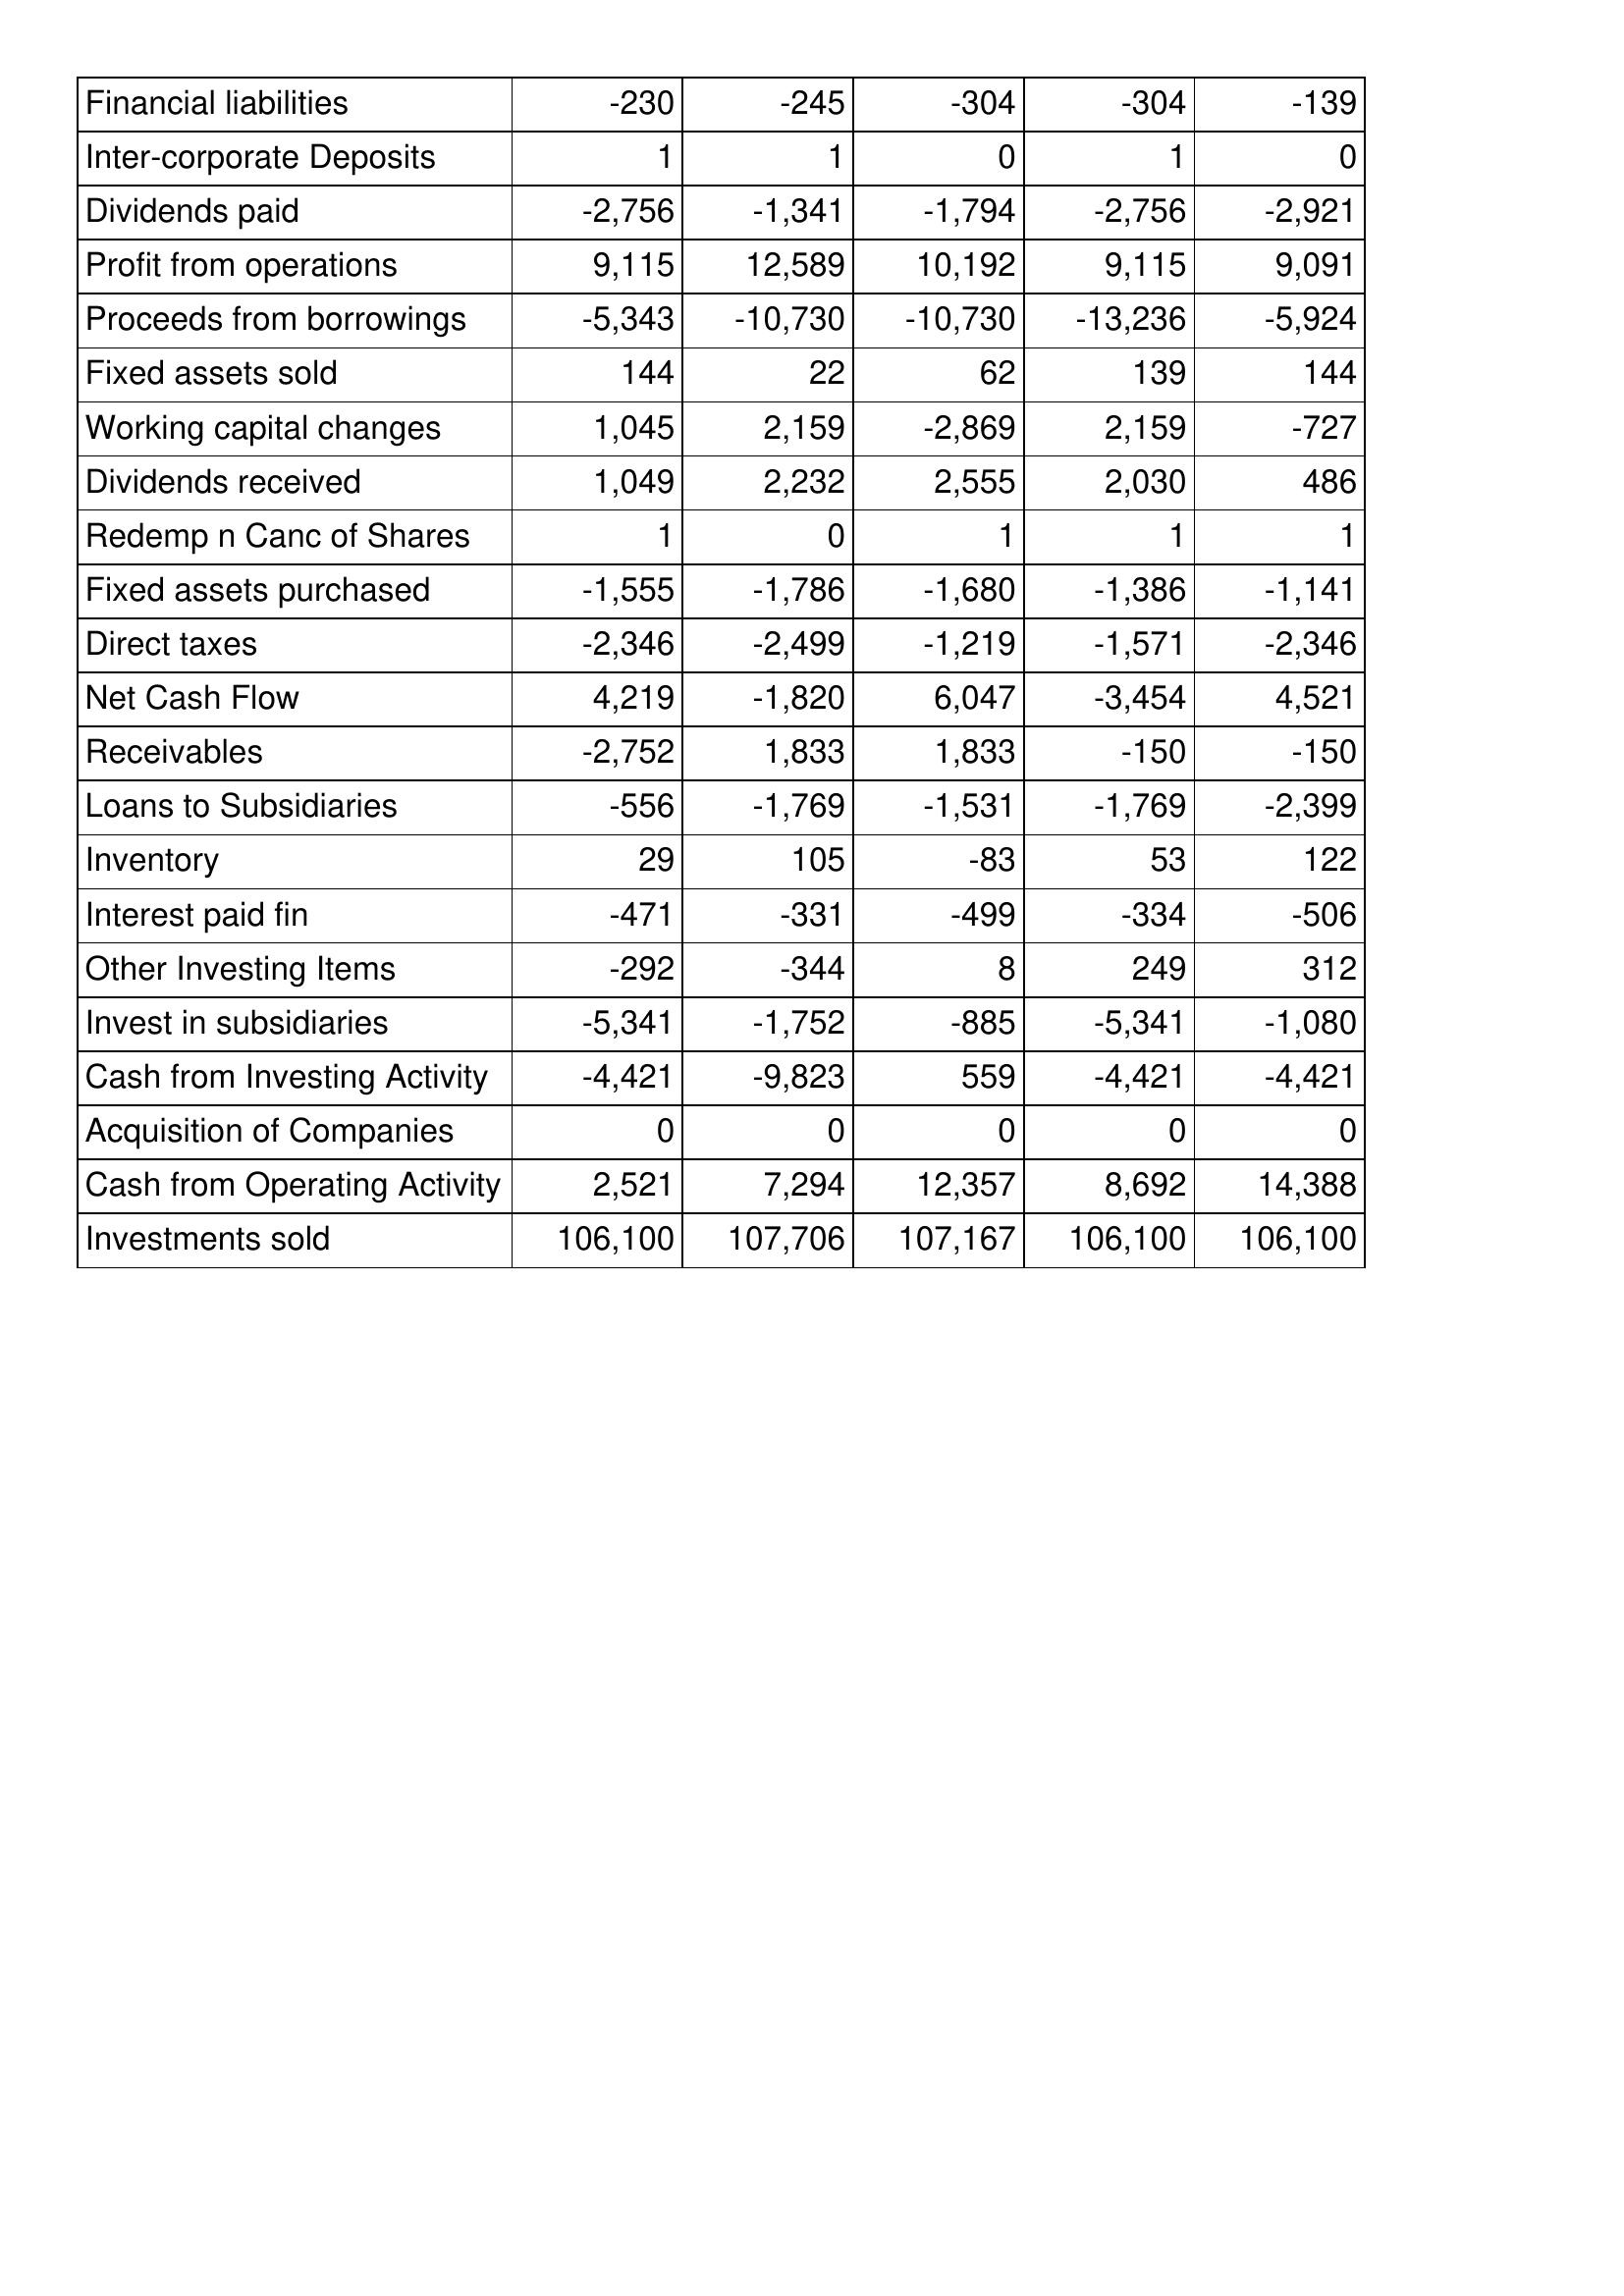
Jan-15: Cash Flows: Financial liabilities: -230
Inter-corporate Deposits: 1
Dividends paid: -2,756
Profit from operations: 9,115
Proceeds from borrowings: -5,343
Fixed assets sold: 144
Working capital changes: 1,045
Dividends received: 1,049
Redemp n Canc of Shares: 1
Fixed assets purchased: -1,555
Direct taxes: -2,346
Net Cash Flow: 4,219
Receivables: -2,752
Loans to Subsidiaries: -556
Inventory: 29
Interest paid fin: -471
Other Investing Items: -292
Invest in subsidiaries: -5,341
Cash from Investing Activity: -4,421
Acquisition of Companies: 0
Cash from Operating Activity: 2,521
Investments sold: 106,100
Jan-16: Cash Flows: Financial liabilities: -245
Inter-corporate Deposits: 1
Dividends paid: -1,341
Profit from operations: 12,589
Proceeds from borrowings: -10,730
Fixed assets sold: 22
Working capital changes: 2,159
Dividends received: 2,232
Redemp n Canc of Shares: 0
Fixed assets purchased: -1,786
Direct taxes: -2,499
Net Cash Flow: -1,820
Receivables: 1,833
Loans to Subsidiaries: -1,769
Inventory: 105
Interest paid fin: -331
Other Investing Items: -344
Invest in subsidiaries: -1,752
Cash from Investing Activity: -9,823
Acquisition of Companies: 0
Cash from Operating Activity: 7,294
Investments sold: 107,706
Jan-17: Cash Flows: Financial liabilities: -304
Inter-corporate Deposits: 0
Dividends paid: -1,794
Profit from operations: 10,192
Proceeds from borrowings: -10,730
Fixed assets sold: 62
Working capital changes: -2,869
Dividends received: 2,555
Redemp n Canc of Shares: 1
Fixed assets purchased: -1,680
Direct taxes: -1,219
Net Cash Flow: 6,047
Receivables: 1,833
Loans to Subsidiaries: -1,531
Inventory: -83
Interest paid fin: -499
Other Investing Items: 8
Invest in subsidiaries: -885
Cash from Investing Activity: 559
Acquisition of Companies: 0
Cash from Operating Activity: 12,357
Investments sold: 107,167
Jan-18: Cash Flows: Financial liabilities: -304
Inter-corporate Deposits: 1
Dividends paid: -2,756
Profit from operations: 9,115
Proceeds from borrowings: -13,236
Fixed assets sold: 139
Working capital changes: 2,159
Dividends received: 2,030
Redemp n Canc of Shares: 1
Fixed assets purchased: -1,386
Direct taxes: -1,571
Net Cash Flow: -3,454
Receivables: -150
Loans to Subsidiaries: -1,769
Inventory: 53
Interest paid fin: -334
Other Investing Items: 249
Invest in subsidiaries: -5,341
Cash from Investing Activity: -4,421
Acquisition of Companies: 0
Cash from Operating Activity: 8,692
Investments sold: 106,100
Jan-19: Cash Flows: Financial liabilities: -139
Inter-corporate Deposits: 0
Dividends paid: -2,921
Profit from operations: 9,091
Proceeds from borrowings: -5,924
Fixed assets sold: 144
Working capital changes: -727
Dividends received: 486
Redemp n Canc of Shares: 1
Fixed assets purchased: -1,141
Direct taxes: -2,346
Net Cash Flow: 4,521
Receivables: -150
Loans to Subsidiaries: -2,399
Inventory: 122
Interest paid fin: -506
Other Investing Items: 312
Invest in subsidiaries: -1,080
Cash from Investing Activity: -4,421
Acquisition of Companies: 0
Cash from Operating Activity: 14,388
Investments sold: 106,100